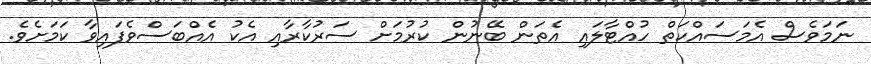
ނަމަވެސް އެމަސައްކަތް ހުއްޓާލައި އެތަން ބޭނުން ކުރުމަށް ސަރުކާރާއި އެކު އެއްބަސްވެފައިވާ ކަމަށެވެ.